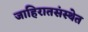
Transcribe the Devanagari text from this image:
जाहिरातसंस्थेत